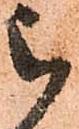
被